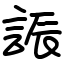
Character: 誫